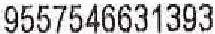
9557546631393